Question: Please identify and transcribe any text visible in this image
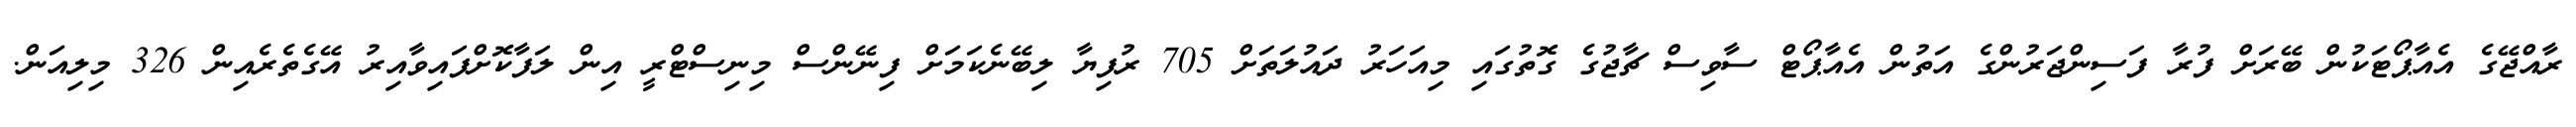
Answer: ރާއްޖޭގެ އެއާޕޯޓަކުން ބޭރަށް ފުރާ ފަސިންޖަރުންގެ އަތުން އެއާޕޯޓް ސާވިސް ޗާޖުގެ ގޮތުގައި މިއަހަރު ދައުލަތަށް 705 ރުފިޔާ ލިބޭނެކަމަށް ފިނޭންސް މިނިސްޓްރީ އިން ލަފާކޮށްފައިވާއިރު އޭގެތެރެއިން 326 މިލިއަން.